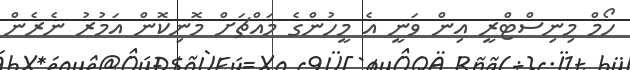
ހޯމް މިނިސްޓްރީ އިން ވަނީ އެ މީހުންގެ މައްޗަށް މޮނިކޮން އަމުރު ނެރެން